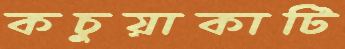
কচুয়াকাটি